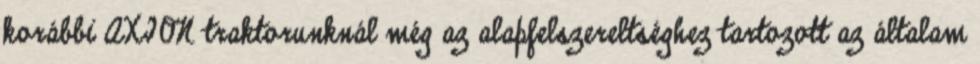
korábbi AXION traktorunknál még az alapfelszereltséghez tartozott az általam